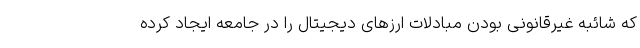
که شائبه غیرقانونی بودن مبادلات ارزهای دیجیتال را در جامعه ایجاد کرده